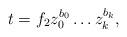
LaTeX: \begin{align*}t= f_2 z_0^{b_0}\ldots z_k^{b_k} ,\end{align*}